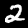
Label: 2